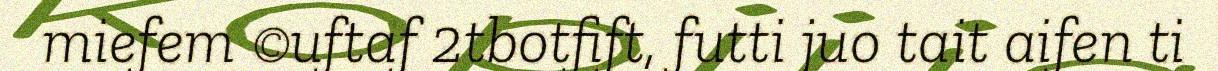
miefem ©uftaf 2tbotfift, futti juo tait aifen ti